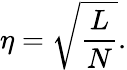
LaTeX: \eta=\sqrt{{\frac{L}{N}}}.